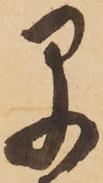
早